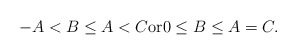
\begin{align*}-A < B \leq A < C \mbox{or} 0 \leq B \leq A = C.\end{align*}